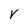
Character: V